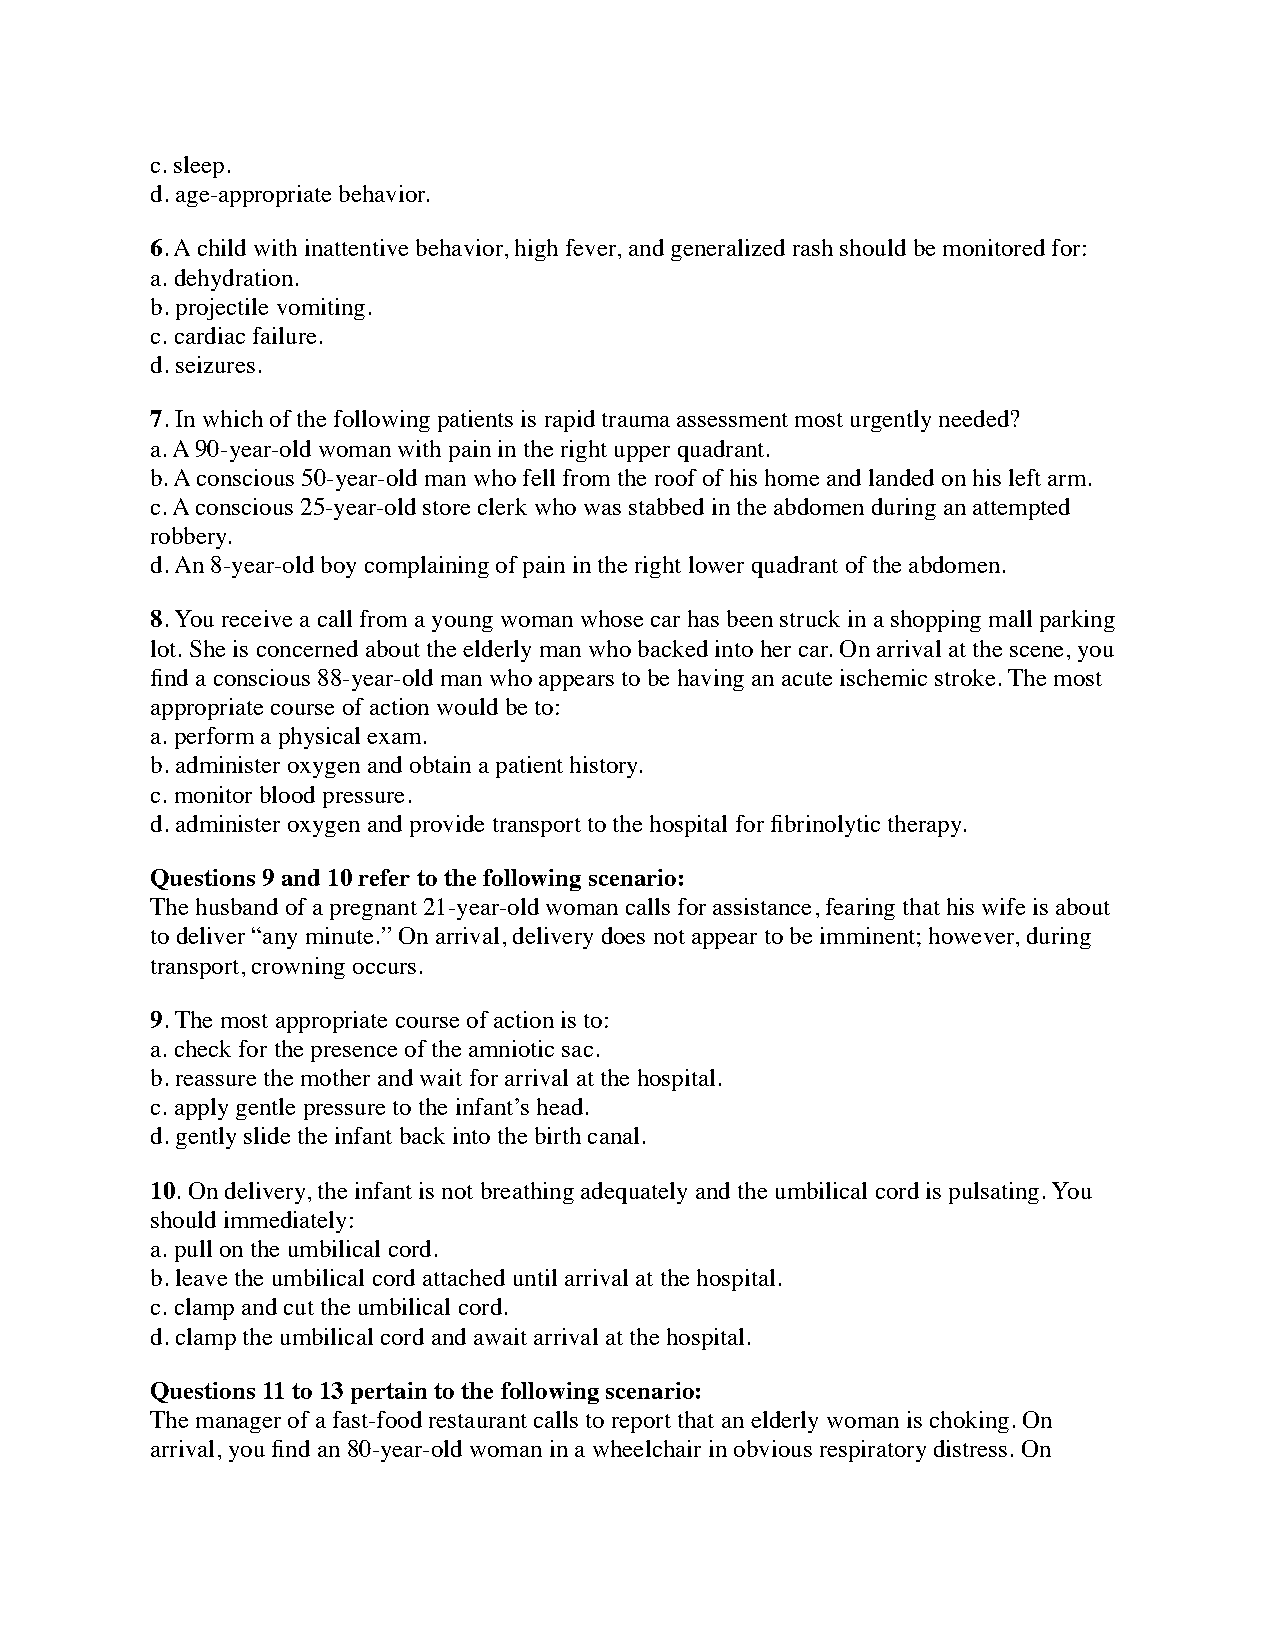
c. sleep.
 d. age-appropriate behavior.
 6. A child with inattentive behavior, high fever, and generalized rash should be monitored for:
 a. dehydration.
 b. projectile vomiting.
 c. cardiac failure.
 d. seizures.
 7. In which of the following patients is rapid trauma assessment most urgently needed?
 a. A 90-year-old woman with pain in the right upper quadrant.
 b. A conscious 50-year-old man who fell from the roof of his home and landed on his left arm.
 c. A conscious 25-year-old store clerk who was stabbed in the abdomen during an attempted
 robbery.
 d. An 8-year-old boy complaining of pain in the right lower quadrant of the abdomen.
 8. You receive a call from a young woman whose car has been struck in a shopping mall parking
 lot. She is concerned about the elderly man who backed into her car. On arrival at the scene, you
 find a conscious 88-year-old man who appears to be having an acute ischemic stroke. The most
 appropriate course of action would be to:
 a. perform a physical exam.
 b. administer oxygen and obtain a patient history.
 c. monitor blood pressure.
 d. administer oxygen and provide transport to the hospital for fibrinolytic therapy.
 Questions 9 and 10 refer to the following scenario:
 The husband of a pregnant 21-year-old woman calls for assistance, fearing that his wife is about
 to deliver “any minute.” On arrival, delivery does not appear to be imminent; however, during
 transport, crowning occurs.
 9. The most appropriate course of action is to:
 a. check for the presence of the amniotic sac.
 b. reassure the mother and wait for arrival at the hospital.
 c. apply gentle pressure to the infant’s head.
 d. gently slide the infant back into the birth canal.
 10. On delivery, the infant is not breathing adequately and the umbilical cord is pulsating. You
 should immediately:
 a. pull on the umbilical cord.
 b. leave the umbilical cord attached until arrival at the hospital.
 c. clamp and cut the umbilical cord.
 d. clamp the umbilical cord and await arrival at the hospital.
 Questions 11 to 13 pertain to the following scenario:
 The manager of a fast-food restaurant calls to report that an elderly woman is choking. On
 arrival, you find an 80-year-old woman in a wheelchair in obvious respiratory distress. On